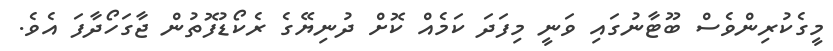
މީގެކުރިންވެސް ބޫޓާނުގައި ވަނީ މިފަދަ ކަމެއް ކޮށް ދުނިޔޭގެ ރެކޯޑުފޮތުން ޖާގަހޯދާފަ އެވެ.